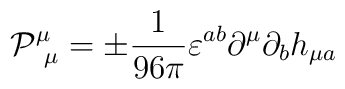
\mathcal{P}^{\mu}_{\ \mu}=\pm \frac{1}{96\pi}\varepsilon^{ab}\partial^{\mu}\partial_{b}h_{\mu a}